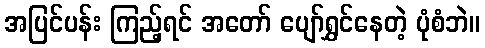
အပြင်ပန်း ကြည့်ရင် အတော် ပျော်ရွှင်နေတဲ့ ပုံစံဘဲ။